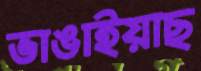
ভাঙাইয়াছ